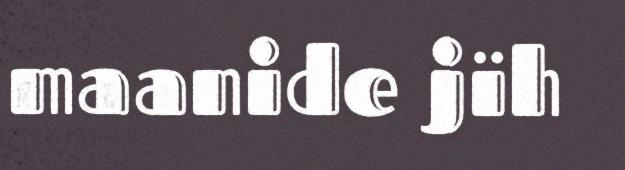
maanide jïh